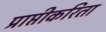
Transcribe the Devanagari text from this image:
प्राप्तीकरिता